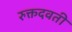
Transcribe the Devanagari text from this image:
रुक्तदवती